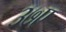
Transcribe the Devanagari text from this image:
३७ए